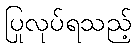
ပြုလုပ်ရသည့်